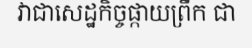
វាជាសេដ្ឋកិច្ចផ្កាយព្រឹក ជា